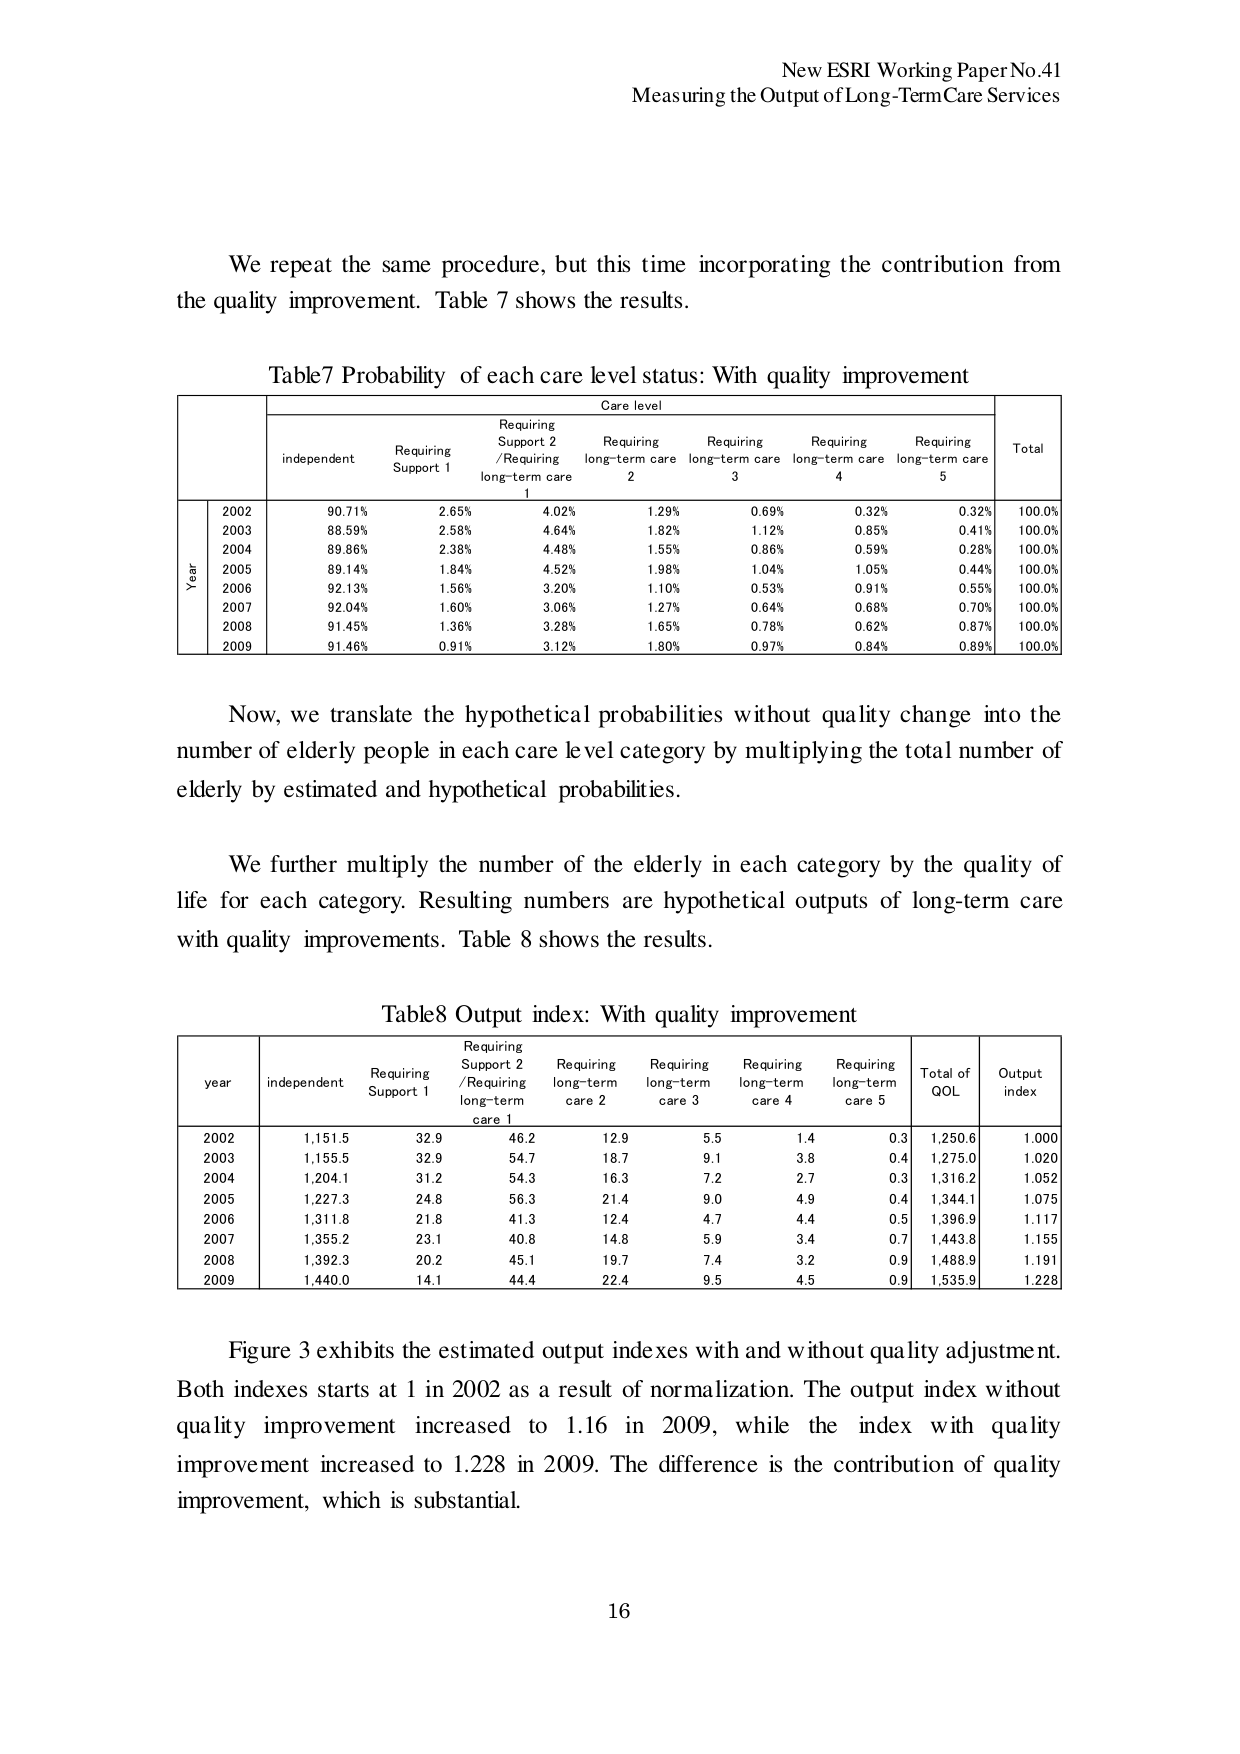
New ESRI Working Paper No.41
Measuring the Output of Long-Term Care Services

We repeat the same procedure, but this time incorporating the contribution from the quality improvement. Table 7 shows the results.

Table 7 Probability of each care level status: With quality improvement

Care level
independent    Requiring Support 1    Requiring Support 2 /Requiring long-term care 1    Requiring long-term care 2    Requiring long-term care 3    Requiring long-term care 4    Requiring long-term care 5    Total
Year
2002    90.71%    2.65%    4.02%    1.29%    0.69%    0.32%    0.32%    100.0%
2003    88.59%    2.58%    4.64%    1.82%    1.12%    0.85%    0.41%    100.0%
2004    89.86%    2.38%    4.48%    1.55%    0.86%    0.59%    0.28%    100.0%
2005    89.14%    1.84%    4.52%    1.98%    1.04%    1.05%    0.44%    100.0%
2006    92.13%    1.56%    3.20%    1.10%    0.53%    0.91%    0.55%    100.0%
2007    92.04%    1.60%    3.06%    1.27%    0.64%    0.68%    0.70%    100.0%
2008    91.45%    1.36%    3.28%    1.65%    0.78%    0.62%    0.87%    100.0%
2009    91.46%    0.91%    3.12%    1.80%    0.97%    0.84%    0.89%    100.0%

Now, we translate the hypothetical probabilities without quality change into the number of elderly people in each care level category by multiplying the total number of elderly by estimated and hypothetical probabilities.

We further multiply the number of the elderly in each category by the quality of life for each category. Resulting numbers are hypothetical outputs of long-term care with quality improvements. Table 8 shows the results.

Table 8 Output index: With quality improvement

year    independent    Requiring Support 1    Requiring Support 2 /Requiring long-term care 1    Requiring long-term care 2    Requiring long-term care 3    Requiring long-term care 4    Requiring long-term care 5    Total of QOL    Output index
2002    1,151.5    32.9    46.2    12.9    5.5    1.4    0.3    1,250.6    1.000
2003    1,155.5    32.9    54.7    18.7    9.1    3.8    0.4    1,275.0    1.020
2004    1,204.1    31.2    54.3    16.3    7.2    2.7    0.3    1,316.2    1.052
2005    1,227.3    24.8    56.3    21.4    9.0    4.9    0.4    1,344.1    1.075
2006    1,311.8    21.8    41.3    12.4    4.7    4.4    0.5    1,396.9    1.117
2007    1,355.2    23.1    40.8    14.8    5.9    3.4    0.7    1,443.8    1.155
2008    1,392.3    20.2    45.1    19.7    7.4    3.2    0.9    1,488.9    1.191
2009    1,440.0    14.1    44.4    22.4    9.5    4.5    0.9    1,535.9    1.228

Figure 3 exhibits the estimated output indexes with and without quality adjustment. Both indexes starts at 1 in 2002 as a result of normalization. The output index without quality improvement increased to 1.16 in 2009, while the index with quality improvement increased to 1.228 in 2009. The difference is the contribution of quality improvement, which is substantial.

16